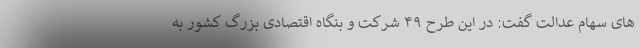
های سهام عدالت گفت: در این طرح ۴۹ شرکت و بنگاه اقتصادی بزرگ کشور به